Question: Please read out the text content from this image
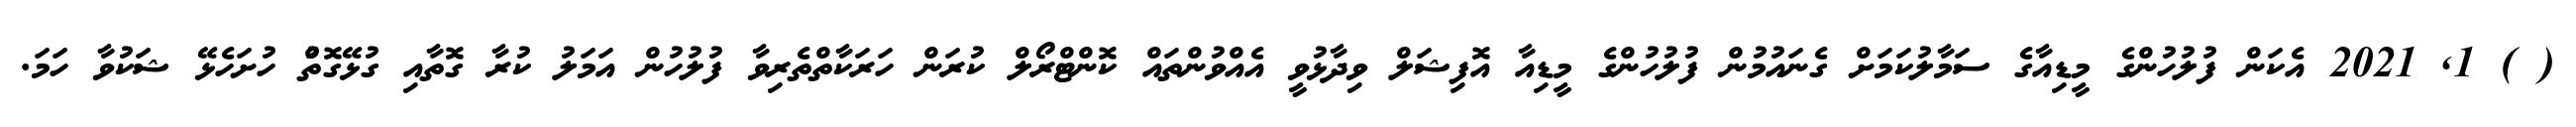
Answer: ( ) 1, 2021 އެކަން ފުލުހުންގެ މީޑިއާގެ ސަމާލުކަމަށް ގެނައުމުން ފުލުހުންގެ މީޑިއާ އޮފިޝަލް ވިދާޅުވީ އެއްވުންތައް ކޮންޓްރޯލް ކުރަން ހަރަކާތްތެރިވާ ފުލުހުން އަމަލު ކުރާ ގޮތާއި ގުޅޭގޮތުް ހުށަހެޅޭ ޝަކުވާ ހަމަ.